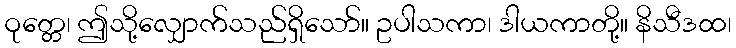
ဝုတ္တေ၊ ဤသို့လျှောက်သည်ရှိသော်။ ဥပါသကာ၊ ဒါယကာတို့။ နိသီဒထ၊